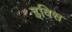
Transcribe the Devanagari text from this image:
इविस